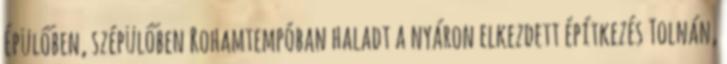
Épülőben, szépülőben Rohamtempóban haladt a nyáron elkezdett építkezés Tolnán,